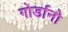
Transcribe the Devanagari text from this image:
गोर्डानो